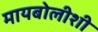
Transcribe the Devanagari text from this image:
मायबोलीशी